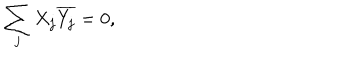
LaTeX: \sum _ { j } X _ { j } \overline { { { Y _ { j } } } } = 0 ,